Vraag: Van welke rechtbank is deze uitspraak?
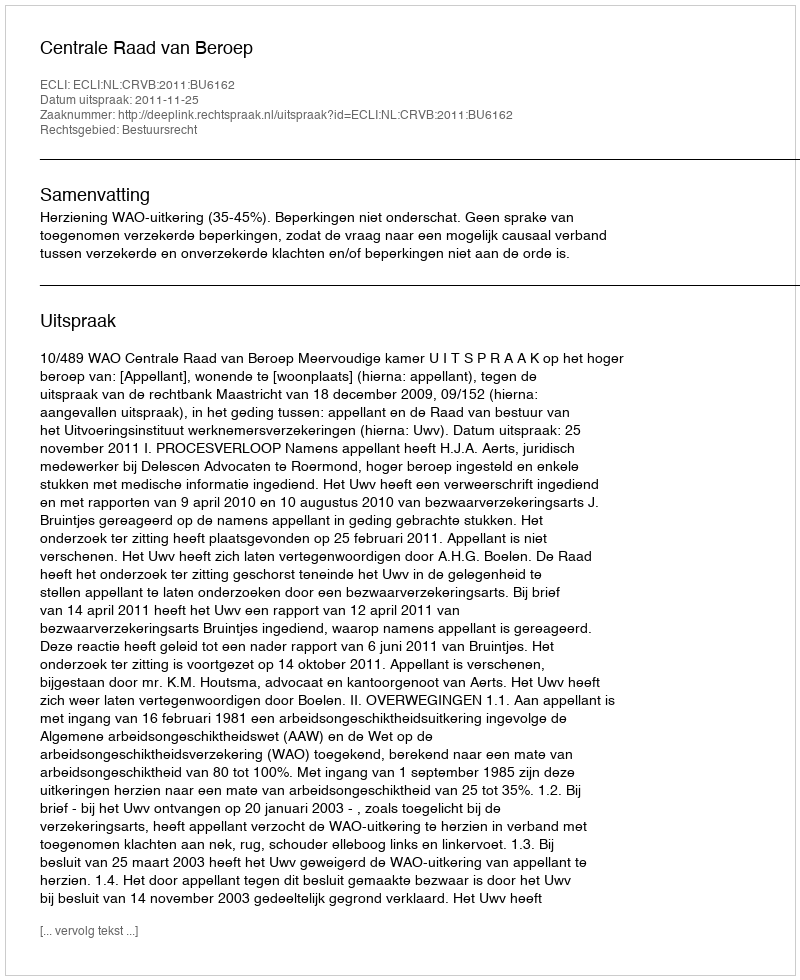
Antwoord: Centrale Raad van Beroep